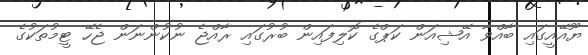
ޔޫއޭއީގައި ބާއްވާ އޭޝިއަން ކަޕްގެ ކޮލިފައިން ބުރުގައި ރާއްޖެ ނުކުންނަން ޖެހޭ ޓީމުތަކުގެ